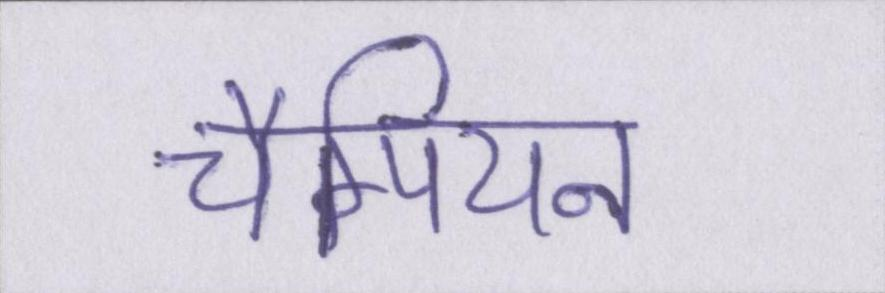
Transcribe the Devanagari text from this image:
चैम्पियन